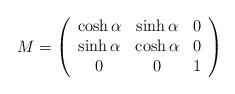
LaTeX: \begin{align*}M = \left(\begin{array}{ccc}\cosh\alpha & \sinh\alpha & 0 \\\sinh\alpha & \cosh\alpha & 0 \\0 & 0 & 1\end{array}\right)\end{align*}